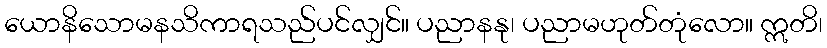
ယောနိသောမနသိကာရသည်ပင်လျှင်။ ပညာနနု၊ ပညာမဟုတ်တုံလော။ ဣတိ၊